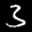
Label: 3